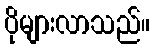
ပိုများလာသည်။